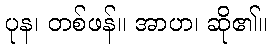
ပုန၊ တစ်ဖန်။ အာဟ၊ ဆို၏။